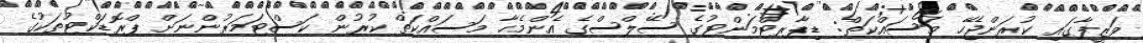
ވަޒީފާގައި ކުރަންޖެހޭ މަސައްކަތް: ޑިޕާރޓްމަންޓުގެ ސޭލްސްގެ އެންމެހާ މަސައްކަތް ކުރުން ކަސްޓަމަރުންނަށް ޕްރޮޑަކްޓުތަކުގެ